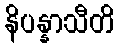
နိပန္နာသီတိ